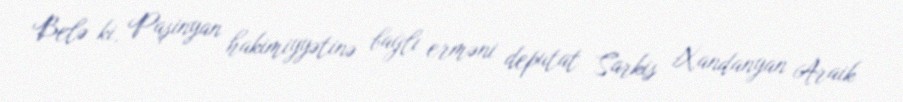
Belə ki, Paşinyan hakimiyyətinə bağlı erməni deputat Sarkis Xandanyan Araik